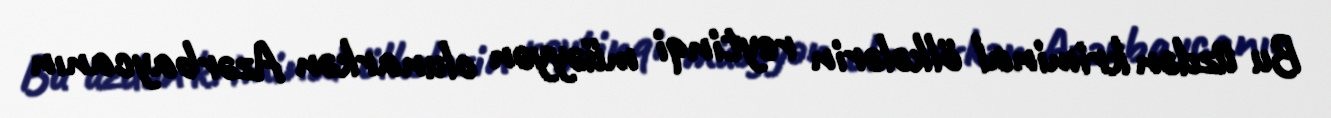
Bu üzdən kriminal ölkələrin reytinqi müəyyən olunarkən Azərbaycanın